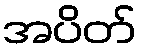
အပိတ်